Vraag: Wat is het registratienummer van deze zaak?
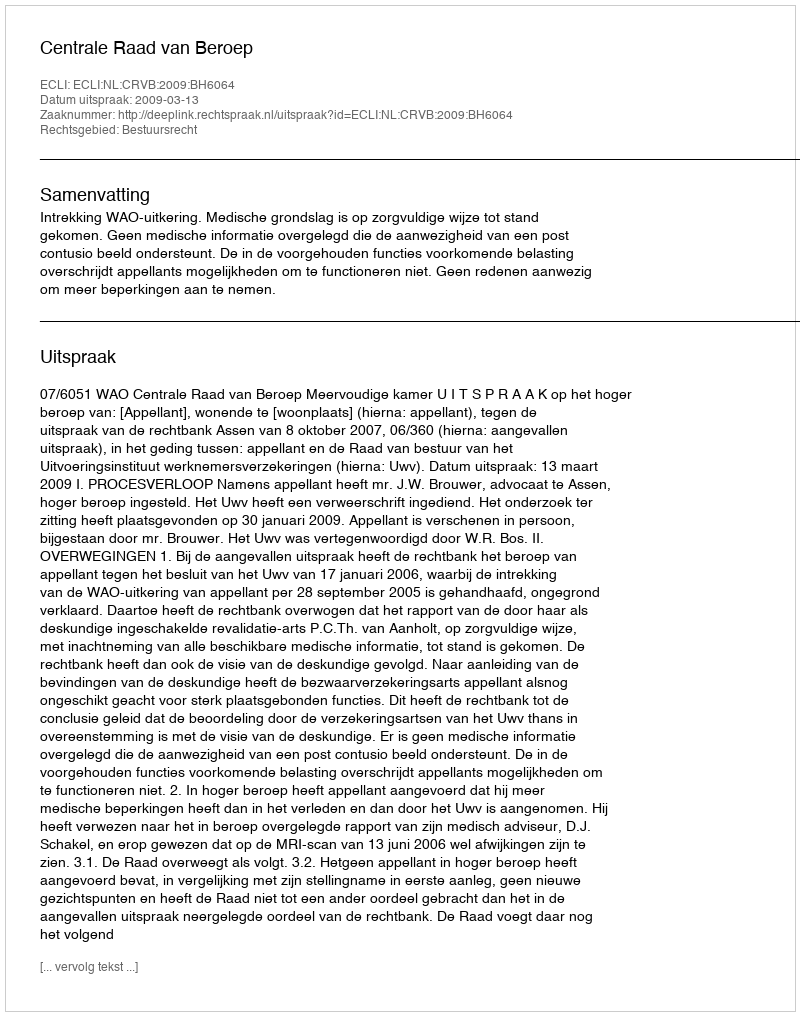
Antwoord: http://deeplink.rechtspraak.nl/uitspraak?id=ECLI:NL:CRVB:2009:BH6064